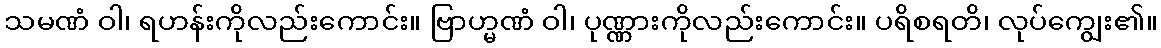
သမဏံ ဝါ၊ ရဟန်းကိုလည်းကောင်း။ ဗြာဟ္မဏံ ဝါ၊ ပုဏ္ဏားကိုလည်းကောင်း။ ပရိစရတိ၊ လုပ်ကျွေး၏။